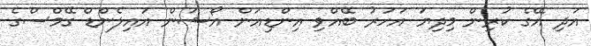
އަދި އޭގެ ކުރިން މިދިޔަ އަހަރު ބޭއްވި އިންޑިއަން އޯޝަން އައިލެންޑް ގޭމްސްގެ